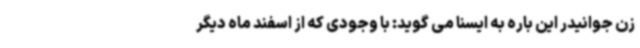
زن جوانیدر این باره به ایسنا می گوید: با وجودی که از اسفند ماه دیگر